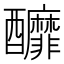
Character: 釄